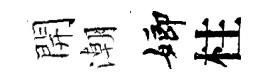
開潮嫏柱